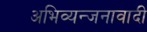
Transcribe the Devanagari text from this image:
अभिव्यन्जनावादी